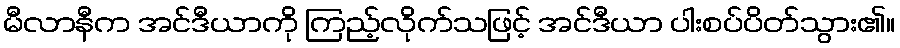
မီလာနီက အင်ဒီယာကို ကြည့်လိုက်သဖြင့် အင်ဒီယာ ပါးစပ်ပိတ်သွား၏။